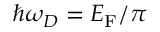
\hbar \omega _ { D } = { E _ { \mathrm { F } } } / \pi